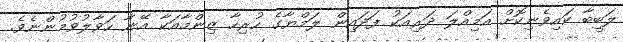
ލަބީބާ ކައިވެނިކޮށް އަމިއްލަ ދަރިއަކު ފަދައިން ލަމްޔާގެ ހުރިހާ ޒިންމާއަކާ އޭނާ ހަވާލުވުމުންނެވެ.